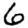
Digit: 6